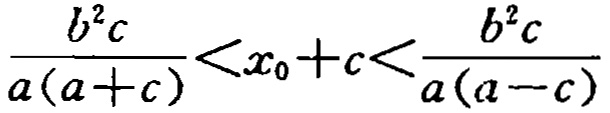
\frac{b^{2}c}{a(a + c)}<x_{0}+c<\frac{b^{2}c}{a(a - c)}